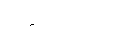
ခေါင်းထဲသို့